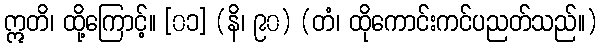
ဣတိ၊ ထို့ကြောင့်။ [၀၁] (နိ၊ ၉၀) (တံ၊ ထိုကောင်းကင်ပညတ်သည်။)